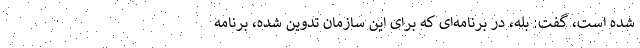
شده است، گفت: بله، در برنامه‌ای که برای این سازمان تدوین شده، برنامه